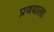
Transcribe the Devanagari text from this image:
प्रणयाला